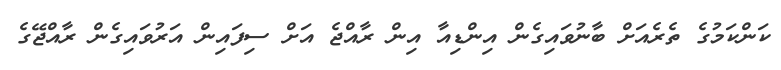
ކަންކަމުގެ ތެރެއަށް ބާނުވައިގެން އިންޑިއާ އިން ރާއްޖެ އަށް ސިފައިން އަރުވައިގެން ރާއްޖޭގެ